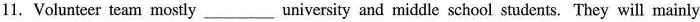
11. Volunteer team mostly___university and middle school students. They will mainly